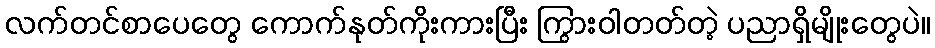
လက်တင်စာပေတွေ ကောက်နုတ်ကိုးကားပြီး ကြွားဝါတတ်တဲ့ ပညာရှိမျိုးတွေပဲ။